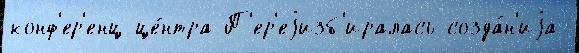
конф'ер'енц-це́нтра П'ер'еjизб'иралась созда́н'иjа